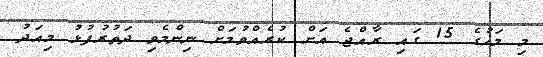
މި މަހުގެ 15 ގައި ރާއްޖެ އަށް ކުރެއްވުމަށް ނިންމެވި ދަތުރުފުޅު މިއަދު